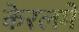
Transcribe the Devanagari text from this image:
केरलमें